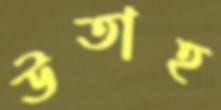
উতাহ